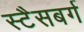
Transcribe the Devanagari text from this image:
स्टैसबर्ग